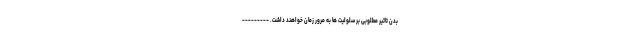
بدن تاثیر مطلوبی بر سلولیت ها به مرور زمان خواهند داشت. ---------